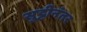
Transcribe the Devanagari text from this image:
सुट्टीनंतर